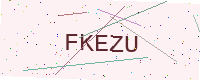
Text: FKEZU